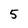
Character: 5